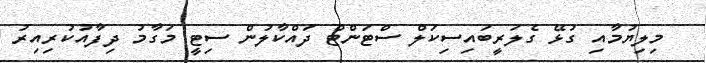
މިލިޔުމާއި ގުޅޭ ގެލަރީބައިސިކަލް ސްޓަންޓް ދައްކާލުން ސިޓީ މަގާމު ދިފާއުކުރިއިރު